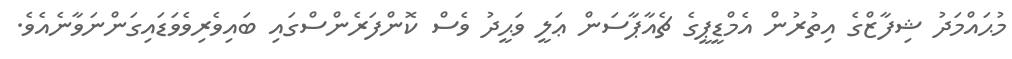
މުޙައްމަދު ޝިފާޒްގެ އިތުރުން އެމްޑީޕީގެ ޗެއާޕާސަން ޢަލީ ވަޙީދު ވެސް ކޮންފަރެންސްގައި ބައިވެރިވެވަޑައިގަންނަވާނެއެވެ.